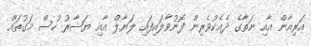
އަރިއާން އާއި ނަތާގެ ދެއެކުވެރިން ފޮނުވާލައިފައި ލަޔާލް އާއި ޔަޝާރު ހުސް މަގުތައް